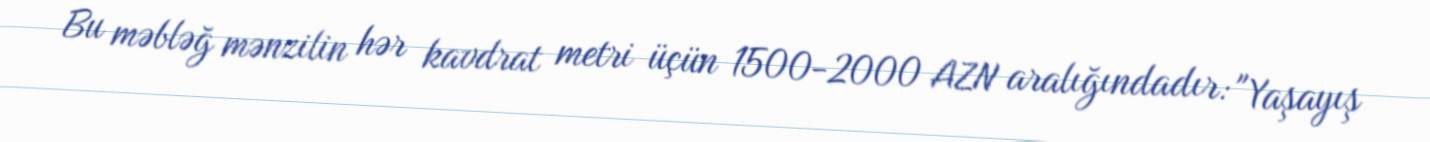
Bu məbləğ mənzilin hər kavdrat metri üçün 1500-2000 AZN aralığındadır: "Yaşayış